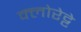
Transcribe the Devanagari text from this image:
क्‍लोरेट्टे